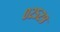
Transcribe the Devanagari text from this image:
०२५२९